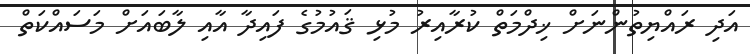
އަދިި ރައްޔިތުންނަށް ޚިދްމަތް ކުރާއިރު މުޅި ޤައުމުގެ ފައިދާ އާއި ލާބައަށް މަސައްކަތް